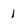
Character: 1